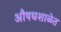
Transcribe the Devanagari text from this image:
औषधशाळेत